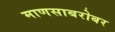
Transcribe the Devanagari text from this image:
माणसाबरोबर